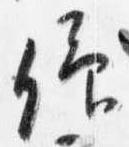
仰